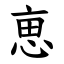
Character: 𠅤